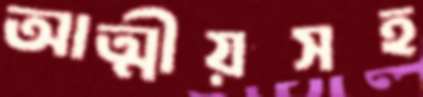
আত্মীয়সহ